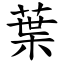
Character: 葉